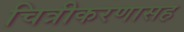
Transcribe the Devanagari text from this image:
चित्रीकरणासह